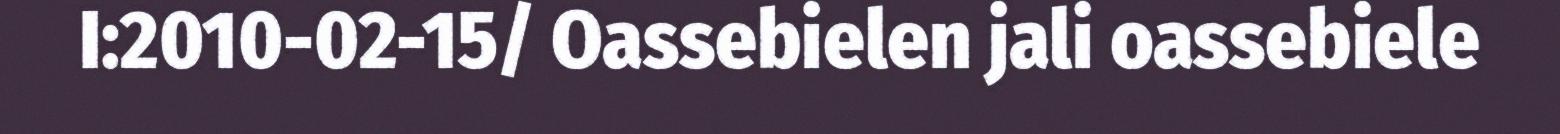
I:2010-02-15/ Oassebielen jali oassebiele